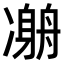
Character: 𠘇